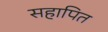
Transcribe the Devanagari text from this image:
सहापित